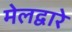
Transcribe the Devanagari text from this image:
मेलद्वारे